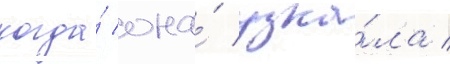
когда́ она́ узна́ла /